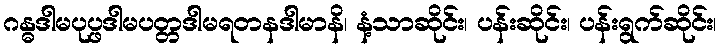
ဂန္ဓဒါမပုပ္ဖဒါမပတ္တဒါမရတနဒါမာနိ၊ နံ့သာဆိုင်း၊ ပန်းဆိုင်း၊ ပန်းရွက်ဆိုင်း၊